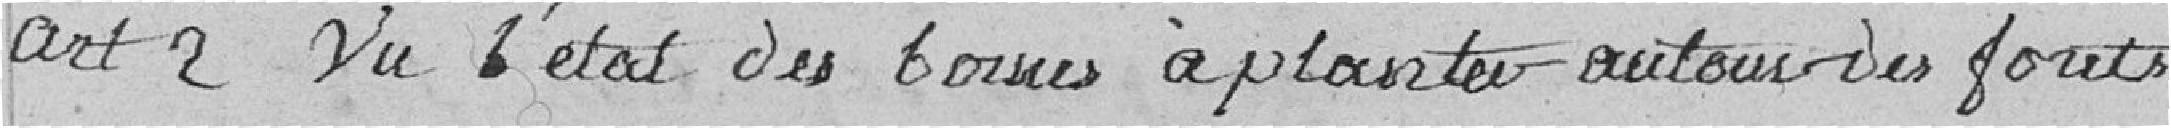
Art. 2 Vu l'état des bornes à planter autour des forêts